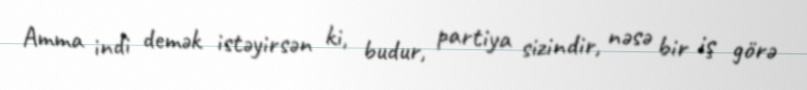
Amma indi demək istəyirsən ki, budur, partiya sizindir, nəsə bir iş görə